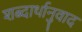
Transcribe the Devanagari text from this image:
शब्दार्थानुवाद